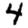
Digit: 4